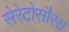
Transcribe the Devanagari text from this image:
सेरेटोसौरस